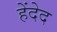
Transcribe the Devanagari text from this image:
हेंदेद